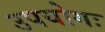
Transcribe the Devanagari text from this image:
उपयोगः